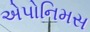
એપોનિમસ